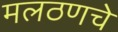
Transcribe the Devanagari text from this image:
मलठणचे